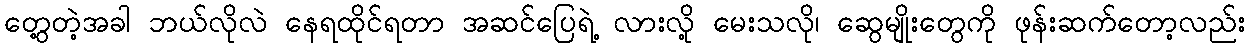
တွေ့တဲ့အခါ ဘယ်လိုလဲ နေရထိုင်ရတာ အဆင်ပြေရဲ့ လားလို့ မေးသလို၊ ဆွေမျိုးတွေကို ဖုန်းဆက်တော့လည်း